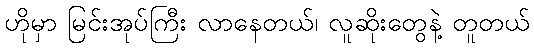
ဟိုမှာ မြင်းအုပ်ကြီး လာနေတယ်၊ လူဆိုးတွေနဲ့ တူတယ်